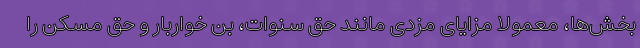
بخش‌ها، معمولاً مزایای مزدی مانند حق سنوات، بن خواربار و حق مسکن را